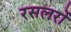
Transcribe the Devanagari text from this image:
रसलरों